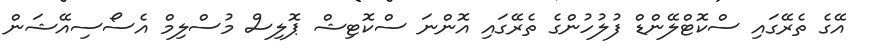
އޭގެ ތެރޭގައި ސްކޮޓްލޭންޑް ފުލުހުންގެ ތެރޭގައި އޮންނަ ސްކޮޓިޝް ޕޮލިސް މުސްލިމް އެސޯސިއޭޝަން